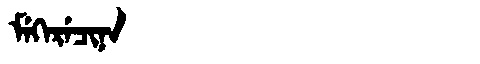
Manchu: ᠮᡝᡴᡝᡵᡝᠴᡳᠨᠠ
Romanization: MEKERECINA